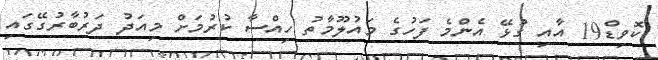
ކޮވިޑް19 އާއި ގުޅޭ އެންމެ ފަހުގެ މައުލޫމާތު ހިއްސާ ކުރުމަށް މިއަދު ދަރުބާރުގޭގައި